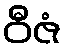
ဝီဇံ